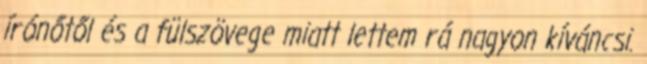
írónőtől és a fülszövege miatt lettem rá nagyon kíváncsi.